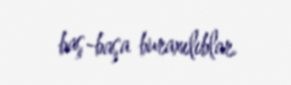
baş-başa buraxılıblar.